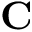
\mathbf { C }